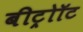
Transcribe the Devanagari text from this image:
बीट्रोॉट